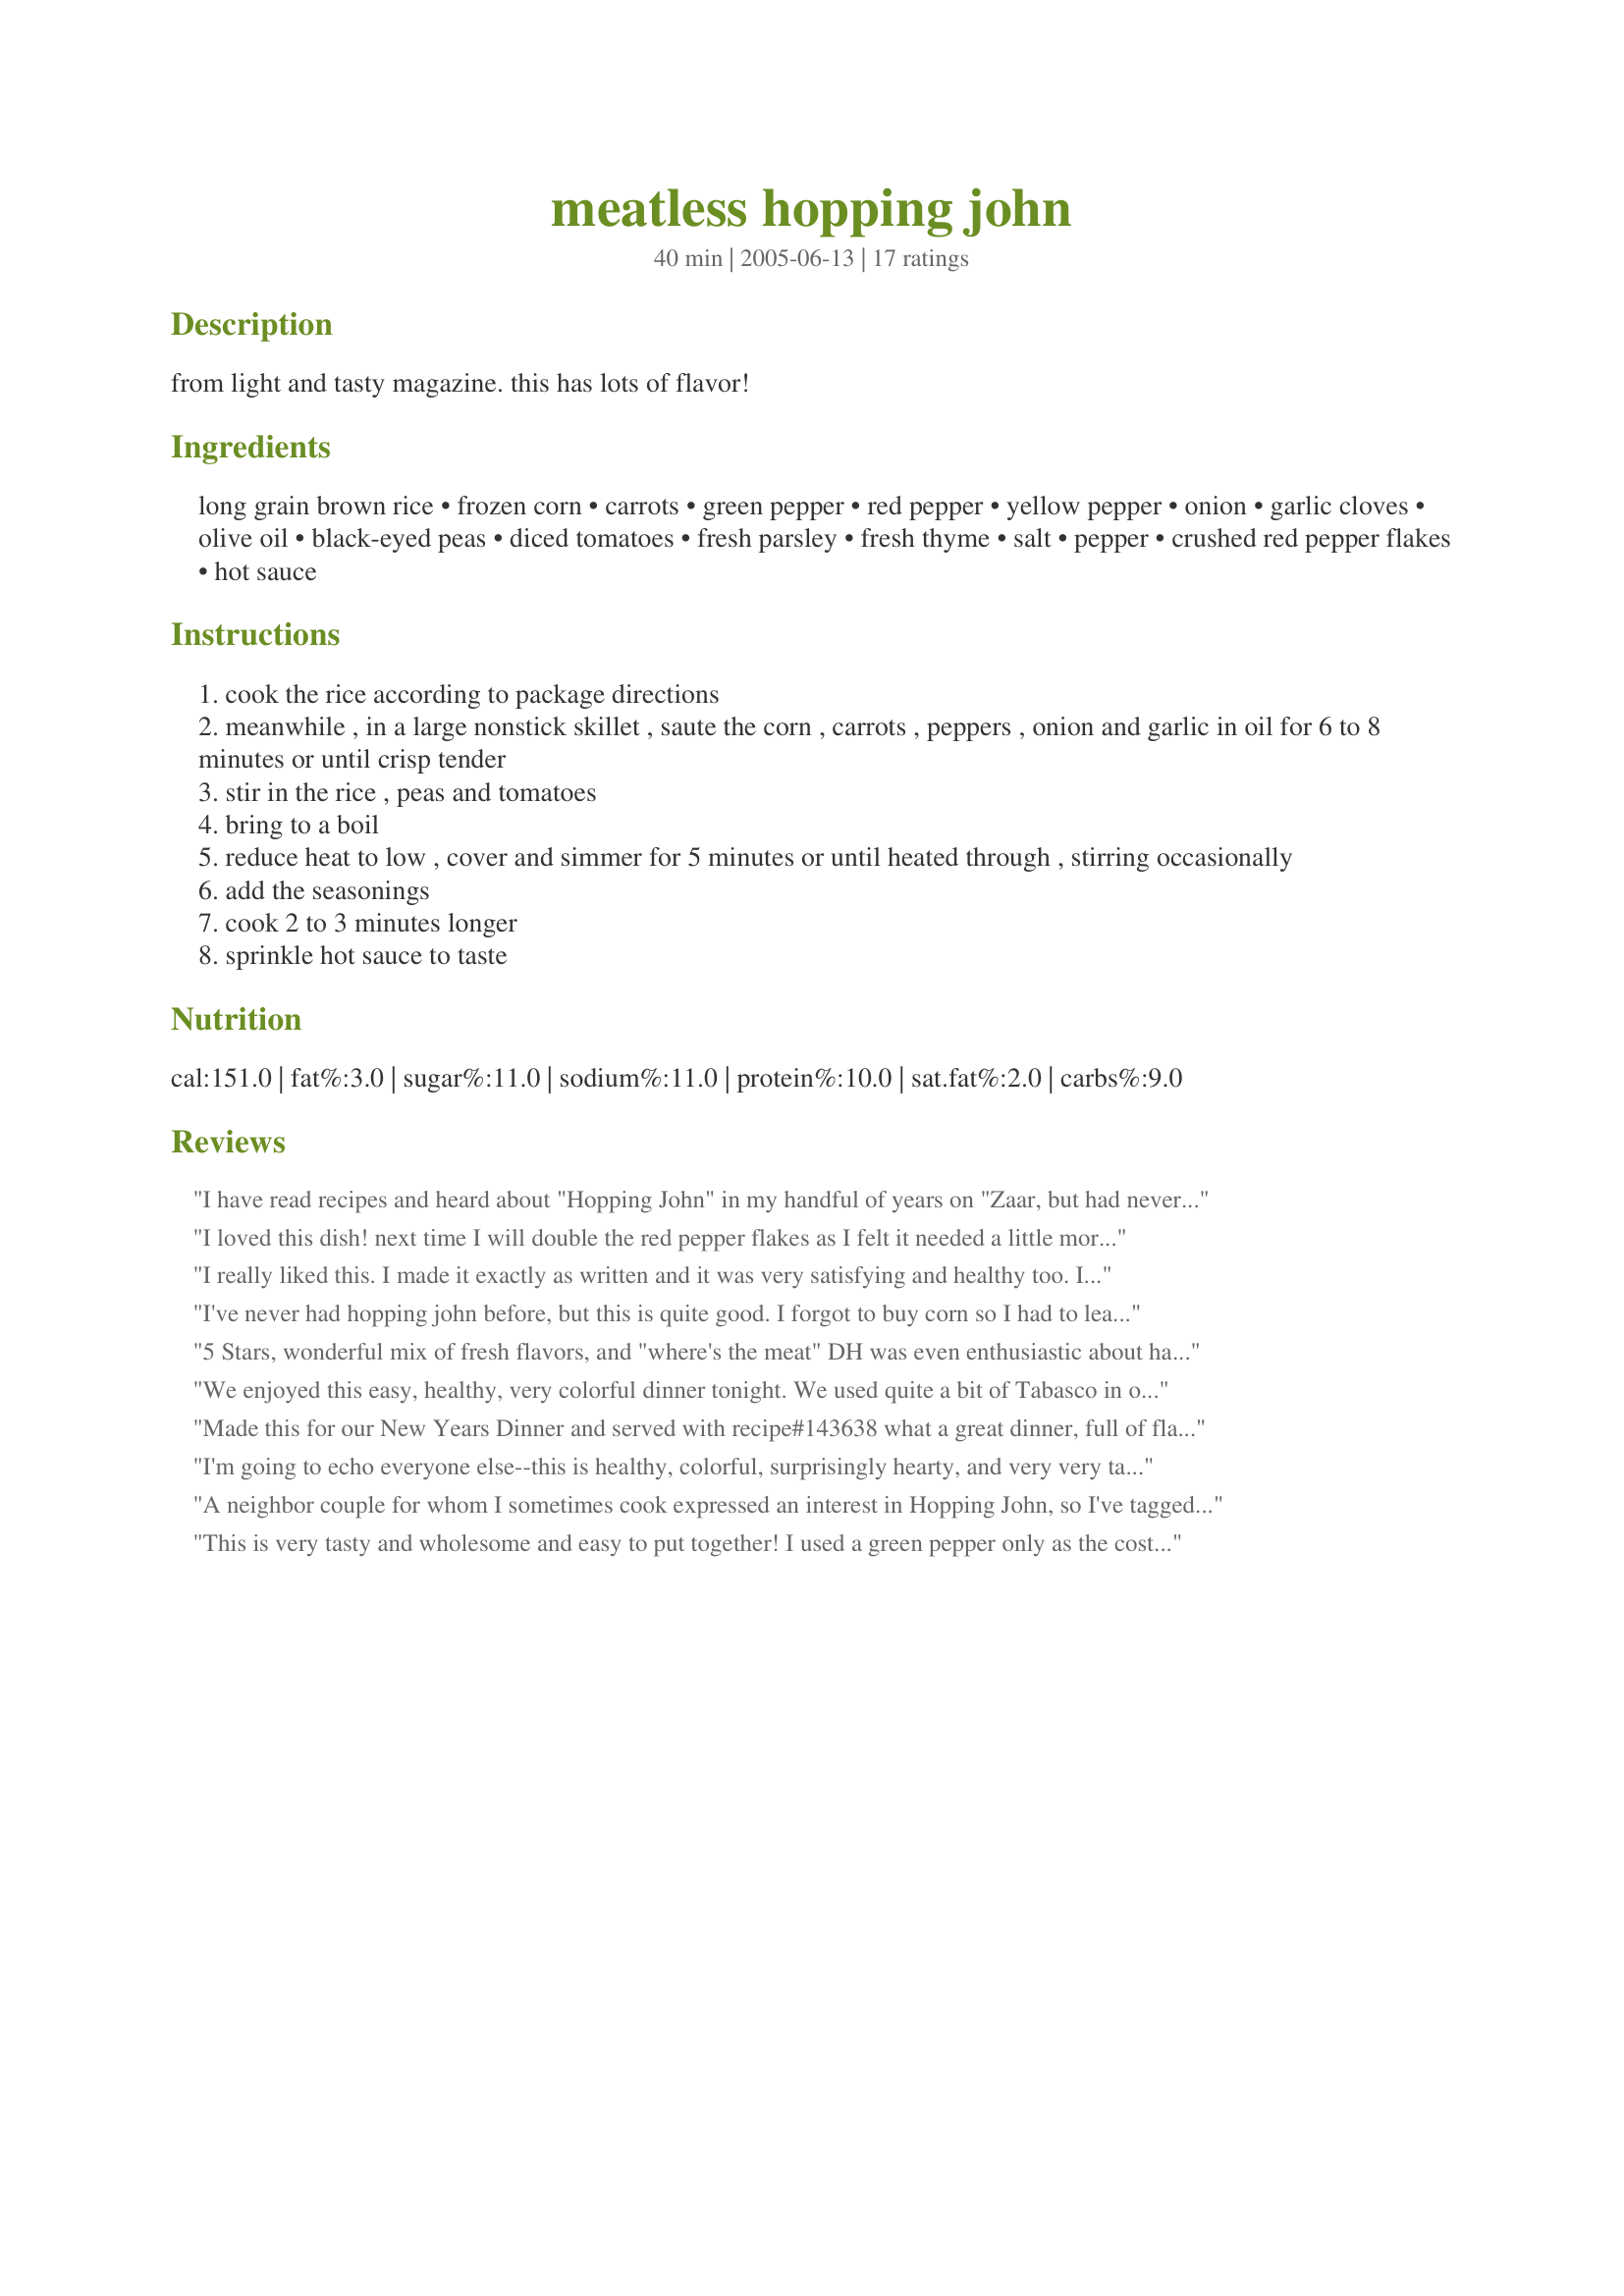
meatless hopping john
Preparation time: 40 minutes

from light and tasty magazine. this has lots of flavor!

Ingredients:
long grain brown rice, frozen corn, carrots, green pepper, red pepper, yellow pepper, onion, garlic cloves, olive oil, black-eyed peas, diced tomatoes, fresh parsley, fresh thyme, salt, pepper, crushed red pepper flakes, hot sauce

Steps:
cook the rice according to package directions
meanwhile , in a large nonstick skillet , saute the corn , carrots , peppers , onion and garlic in oil for 6 to 8 minutes or until crisp tender
stir in the rice , peas and tomatoes
bring to a boil
reduce heat to low , cover and simmer for 5 minutes or until heated through , stirring occasionally
add the seasonings
cook 2 to 3 minutes longer
sprinkle hot sauce to taste

Reviews:
I have read recipes and heard about "Hopping John" in my handful of years on "Zaar, but had never tried or made it before. This had all the ingredients that I had on hand and bf and I liked all the ingredients listed (except bf isn't too keen on brown rice lol), but he said he would try this with me. I used ingredients I had on hand; 1 cup shredded carrots for the sliced, and green, red and yellow peppers which I had previously julienned and frozen, and 1/2 of a small sweet onion, 2 tsp jarred, minced garlic, a heaping tsp of dried parsley, the dried thyme as stated, and a bit less salt. I estimated the diced tomatoes because all I had was a 28 oz can. I cooked up 1 cup of brown rice since that's how the rice dirs read, but approximated the cooked rice when adding in to the dish. Bf doesn't like hot sauce and I felt the red pepper flakes added enough nice zing for my tastes. I had the rest of the ingredients, and used them as directed. This makes a very hearty, colorful, delicious meal! I have never had black-eyed peas, but they were good in this. My finished Hopping John looked like the pic. Bf seemed to like this too. :) Made for Please Review My Recipe tag game. Thanks for sharing, Sharon123. :) P.S. I did not feel deprived of meat at all.
I loved this dish! next time I will double the red pepper flakes as I felt it needed a little more. I left out carrots because I didn&#039;t have any but I will make sure to add them when I make it again. im a vegetarian so this was a main meal for me.
I really liked this. I made it exactly as written and it was very satisfying and healthy too. I made it as a side dish and everyone liked it.
I've never had hopping john before, but this is quite good. I forgot to buy corn so I had to leave it out, but I otherwise followed the recipe exactly. In addition to the hot sauce, I topped the dish with a bunch of pickled sliced jalapeno peppers- SO GOOD. Thanks for sharing.
5 Stars, wonderful mix of fresh flavors, and "where's the meat" DH was even enthusiastic about having this for dinner. I made the recipe as written, but did not need any hot sauce, the red pepper flakes added enough "zing" for us. FYI, 3/4 cup raw brown rice converts to 2 5/8 cups cooked brown rice. I was happy to have a heavy 5-quart nonstick everything pan to make this. This round is pegged for my lunch at work, so I will freeze in individual serving containers, glad to hear from Queen of Everything that this froze well. I will make DH beg for this! Made for veg*n swap.
We enjoyed this easy, healthy, very colorful dinner tonight. We used quite a bit of Tabasco in order to get it to the level of spice we like, and this gave it a nice zip. The only modification made was that we used long-grain basmati as I was out of brown rice. Great weeknight meal, as it came together fairly quickly. Made for Sun and Spice 2013
Made this for our New Years Dinner and served with recipe#143638 what a great dinner, full of flavor and good for you to boot. Great way to start the new year. This is the first time I&#039;ve ever had this let alone made it but it sure won&#039;t be the last. Afraid I did make one major change (which did NOT change all the flavors it came with) I added chunks of ham left over from our Christmas Dinner and I think it just added to the flavor. This makes a LOT, so be prepared for that. A specially good meal if you&#039;ve got lots of company. Goes together quickly despite the list of ingredients - we&#039;ll be having left overs tonight and I&#039;m betting it&#039;ll be as good or better than the first night. Made for &quot;Please Review My Recipe Games&quot;
I'm going to echo everyone else--this is healthy, colorful, surprisingly hearty, and very very tasty! It came together very quickly, too, which is always a bonus. I noticed that the flavor got better and better as the meal went on, so I imagine it is really tasty if made ahead. I won't be able to find out this time--between DS, DH, and I we cleaned the pan! We enjoyed it with Recipe #13865. This might serve 10 as a light side dish, but as a vegetarian main I would say it serves more like 4-6. Thanks for posting! Made for Healthy Choices 2009.
A neighbor couple for whom I sometimes cook expressed an interest in Hopping John, so I've tagged several recipes to make for them over the next week or two! Although they got the largest amount of it, I did keep 2 small sides here for the 2 of us, & we thoroughly enjoyed it! Spicy, but not too much so, & in every way it jazzed up our meal very nicely! [Tagged & made in Please Review My Recipe]
This is very tasty and wholesome and easy to put together! I used a green pepper only as the cost of the red and yellow peppers was sky high. Except for the pepper I used organic ingredients including Muir Glen organic tomatoes which I far prefer to commercial brands.
I really had no idea what a hoppin John was, but I now know this one is delicious! What a colorful, tasty and filling dish. I had some rice prepared previously and just scooped in what seemed like the right amount. I also used a can of mixed beans in place of the black-eyed peas. But what a great dish!
Very colorful and made a filling, healthy lunch. Easy on the budget, too. Thanks for posting.
Yum, yum, yum!!! Sharon, this is soooo good! DH said, "If this is someone's recipe, give it 5!" I must admit, I forgot the corn, and then added it in after the dish was done - at the same time, I tossed in some veggie sausage, which added an interesting smokey taste. I tripped on the red pepper flakes (intentionally), so it was good and zippy! I do wish I had a green pepper - I used one red and one yellow as that's what I had on hand. Couldn't find canned black eyed peas, so I cooked up a cup of dried ones. Perfect lunches for the week! Made for PRMR Tag.
Although maybe not the BEST Hopping John I tried, it was still very good. I made no changes to this recipe except for adding some vegetarian bacon. I think it was all the extra vegetables that put me off a bit (it's not that I don't like vegetables, I love them), though I have to admit it made this much more healthful. Added a lot of extra hot sauce to serve. Thanks!
This was really delicious and healthy, not to mention economical. I left out the corn as I don't care for it, otherwise made the recipe as written. I packaged the leftovers in disposable plastic containers and froze them for homemade frozen/microwave lunches. I let thaw in the refrigerator for about 4 hours and then heated on high for 2-3 minutes.
Just loved it!! I simmered the vegetables in the tomato juice rather than using oil in order to cut down on fat and used low sodium tomatoes and peas - making a healthy dish even healthier. This dish is a nutritional gold mine - and it tastes sooo good!! Thanks Sharon123 - this is a winner!!!
Delicious endorphin meal! Just enough hot, spicy flavor for me, but easy for DH to add more to suit his taste. I even messed up and realized at the last minute that I didn't have a can of diced tomatoes. I added a large fresh tomato to the saute and it was still wonderful. We ate it as the main dish and had just enough left for us both to have a lunch.
